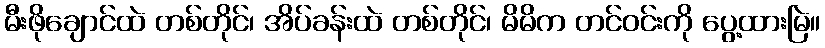
မီးဖိုချောင်ထဲ တစ်တိုင်၊ အိပ်ခန်းထဲ တစ်တိုင်၊ မိမိက တင်ဝင်းကို ပွေ့ထားမြဲ။